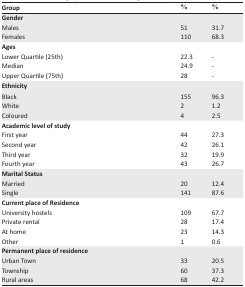
<table><thead><tr><td><b>Group</b></td><td><b>%</b></td><td><b>%</b></td></tr></thead><tbody><tr><td><b>Gender</b></td><td></td><td></td></tr><tr><td>Males</td><td>51</td><td>31.7</td></tr><tr><td>Females</td><td>110</td><td>68.3</td></tr><tr><td><b>Ages</b></td><td></td><td></td></tr><tr><td>Lower Quartile (25th)</td><td>22.3</td><td>-</td></tr><tr><td>Median</td><td>24.9</td><td>-</td></tr><tr><td>Upper Quartile (75th)</td><td>28</td><td>-</td></tr><tr><td><b>Ethnicity</b></td><td></td><td></td></tr><tr><td>Black</td><td>155</td><td>96.3</td></tr><tr><td>White</td><td>2</td><td>1.2</td></tr><tr><td>Coloured</td><td>4</td><td>2.5</td></tr><tr><td><b>Academic level of study</b></td><td></td><td></td></tr><tr><td>First year</td><td>44</td><td>27.3</td></tr><tr><td>Second year</td><td>42</td><td>26.1</td></tr><tr><td>Third year</td><td>32</td><td>19.9</td></tr><tr><td>Fourth year</td><td>43</td><td>26.7</td></tr><tr><td><b>Marital Status</b></td><td></td><td></td></tr><tr><td>Married</td><td>20</td><td>12.4</td></tr><tr><td>Single</td><td>141</td><td>87.6</td></tr><tr><td><b>Current place of Residence</b></td><td></td><td></td></tr><tr><td>University hostels</td><td>109</td><td>67.7</td></tr><tr><td>Private rental</td><td>28</td><td>17.4</td></tr><tr><td>At home</td><td>23</td><td>14.3</td></tr><tr><td>Other</td><td>1</td><td>0.6</td></tr><tr><td><b>Permanent place of residence</b></td><td></td><td></td></tr><tr><td>Urban Town</td><td>33</td><td>20.5</td></tr><tr><td>Township</td><td>60</td><td>37.3</td></tr><tr><td>Rural areas</td><td>68</td><td>42.2</td></tr></tbody></table>